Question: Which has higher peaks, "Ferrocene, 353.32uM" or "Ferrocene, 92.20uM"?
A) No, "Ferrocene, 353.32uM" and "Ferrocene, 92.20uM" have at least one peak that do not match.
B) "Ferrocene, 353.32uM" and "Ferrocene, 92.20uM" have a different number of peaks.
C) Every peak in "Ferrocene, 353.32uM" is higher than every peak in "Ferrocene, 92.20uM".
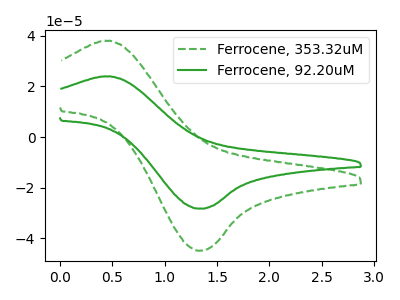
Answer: <think>The green dashed curve "Ferrocene, 353.32uM" has an anodic peak at (0.50V, 37.95uA) and a cathodic peak at (1.30V, -44.85uA). The green curve "Ferrocene, 92.20uM" has an anodic peak at (0.50V, 23.90uA) and a cathodic peak at (1.30V, -28.25uA).</think>
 <answer>C) Every peak in "Ferrocene, 353.32uM" is higher than every peak in "Ferrocene, 92.20uM".</answer>
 <eval>C</eval>